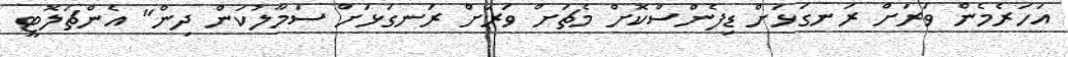
އަހަރެމެން ވަރަށް ރަނގަޅަށް ޑިފެންސްކޮށް މެޗަށް ވަރަށް ރަނގަޅަށް ސަމާލުކަން ދިން" އެންޗަލޮޓީ